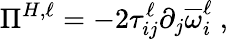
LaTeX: \Pi^{H,\ell}=-2\tau_{ij}^{\ell}\partial_{j}\overline{{\omega}}_{i}^{\ell}\ ,